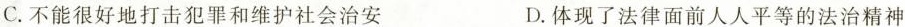
C. 不能很好地打击犯罪和维护社会治安 D. 体现了法律面前人人平等的法治精神